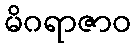
မိဂရာဇာဝ